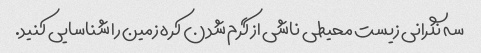
سه نگرانی زیست محیطی ناشی از گرم شدن کره زمین را شناسایی کنید.